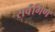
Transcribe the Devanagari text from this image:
सर्वंगिण